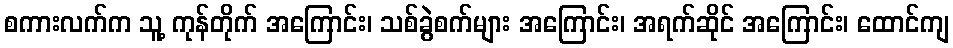
စကားလက်က သူ့ ကုန်တိုက် အကြောင်း၊ သစ်ခွဲစက်များ အကြောင်း၊ အရက်ဆိုင် အကြောင်း၊ ထောင်ကျ